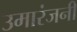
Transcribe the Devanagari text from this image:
उमारंजनी